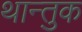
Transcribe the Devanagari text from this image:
थान्तुक